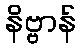
နိဗ္ဗာန်